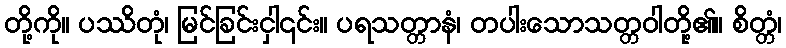
တို့ကို။ ပဿိတုံ၊ မြင်ခြင်းငှါ၎င်း။ ပရသတ္တာနံ၊ တပါးသောသတ္တဝါတို့၏။ စိတ္တံ၊